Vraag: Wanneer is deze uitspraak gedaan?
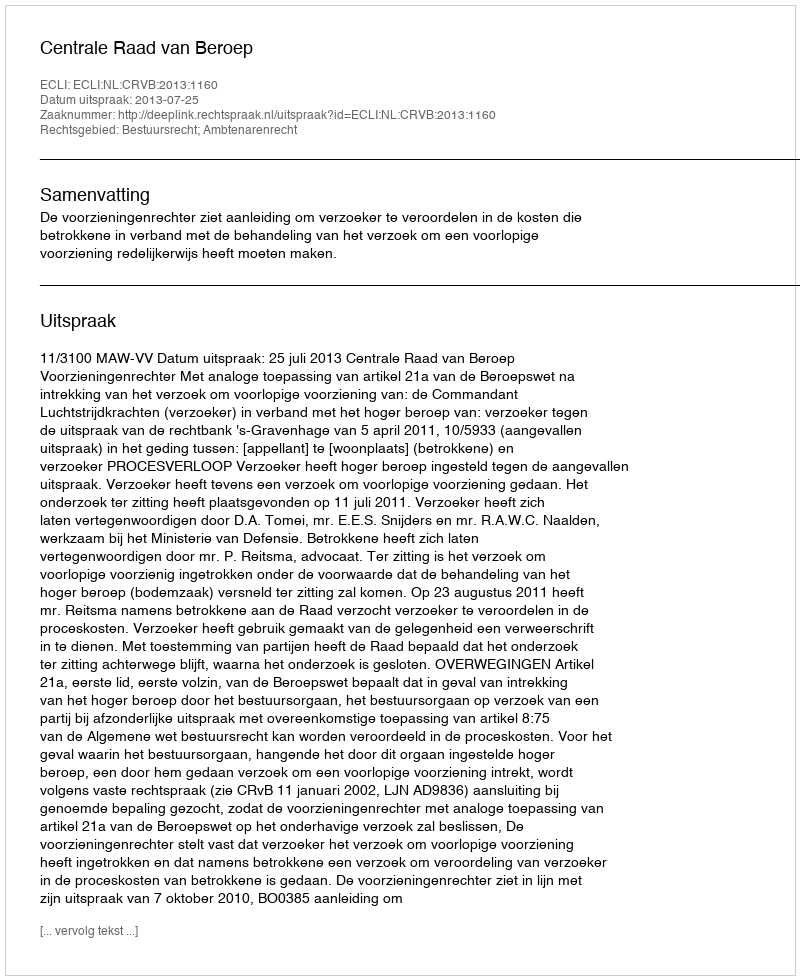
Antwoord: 2013-07-25